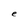
Character: e